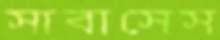
সাবাসেস